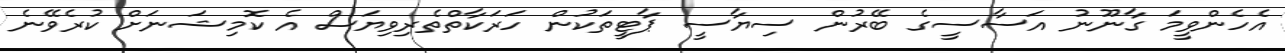
އެހެންވީމަ ގާނޫނު އަސާސީގެ ބޭރުން ސިޔާސީ ޕާޓީތަކުން ހަރަކާތްތެރިވިޔަސް އެ ކޮމިޝަނަށް ކުރެވޭނެ